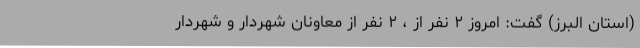
(استان البرز) گفت: امروز ۲ نفر از ، ۲ نفر از معاونان شهردار و شهردار